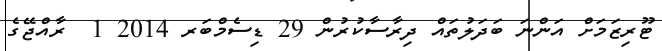
ޓޫރިޒަމަށް އަންނަ ބަދަލުތައް ދިރާސާކުރުން 29 ޑިސެމްބަރ 2014 1  ރާއްޖޭގެ